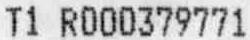
T1 R000379771